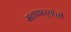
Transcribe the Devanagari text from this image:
सत्ताधार्‍यांची